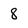
Character: 8